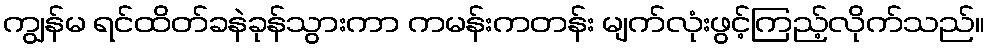
ကျွန်မ ရင်ထိတ်ခနဲခုန်သွားကာ ကမန်းကတန်း မျက်လုံးဖွင့်ကြည့်လိုက်သည်။